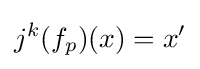
j^{k}(f_{p})(x)=x'